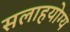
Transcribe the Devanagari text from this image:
सलाहयोग्य